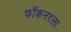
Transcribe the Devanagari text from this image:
फॉकनरला